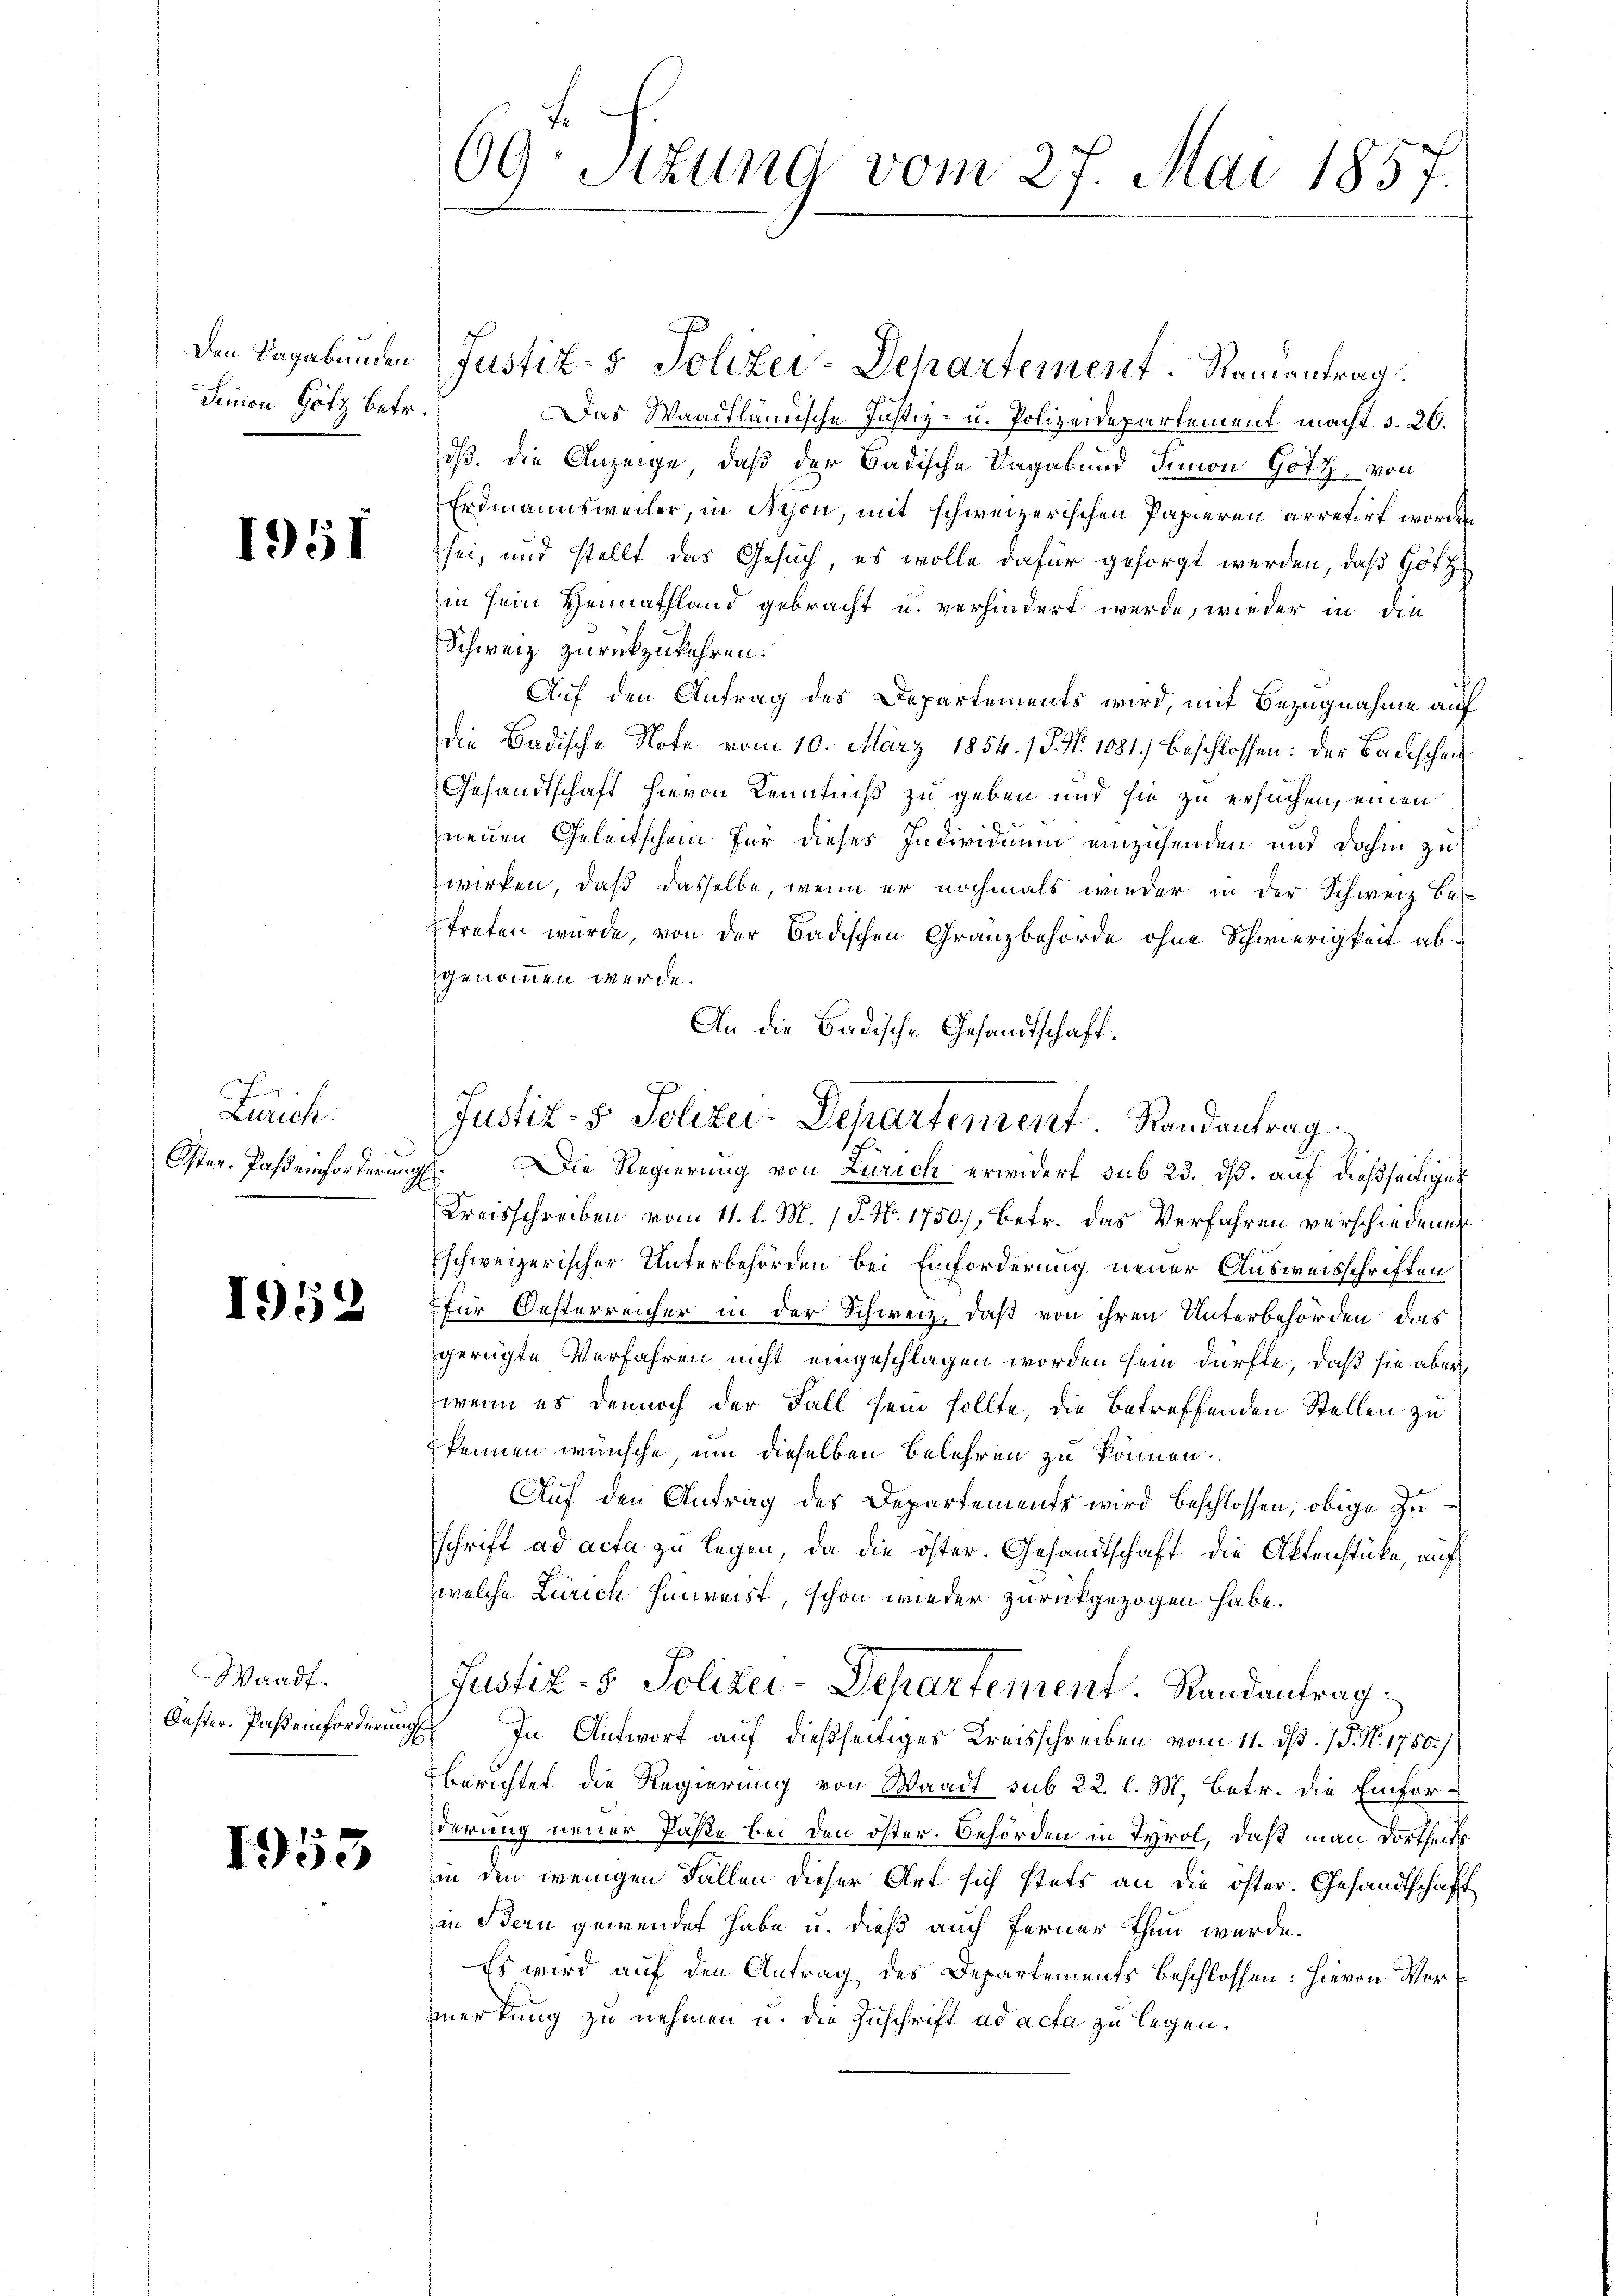
Den Vagabunden
Sinion Götz betr.

1951

.
Zürich.
Oster. Pasteinforderung

1953

Waadt.
Oester. Pastenforderung

1953

69: Sizung vom 27. Mai 1857
1

Justiz- & Polizei-Departement. Ramantrag.
Das Waadtländische Justiz- u. Polizeidepartement macht 5. 20.
dß. die Anzeige, daß der Badische Sagabund Simon Gotz, von
Erdmannsweiler, in Nyon, mit schweizerischen Papieren arretirt worden
sei, und stellt das Gesuch, es wolle dafür gesorgt werden, daß Gott
hin sein Heimathland gebracht u. verhindert wurde, wieder in die
Schweiz zurückzukehren.
Auf den Antrag des Departements wird, mit Bezugnahme auf
die Badische Note vom 10. März 1854. / P. Nr. 1081.) beschlossen: der Bauschei¬
Gesandtschaft hievon Kenntniß zu geben und sie zu ersuchen, einen
neuen Geleitschen für dieses Individuum einzusenden und dahin zu
wirken, daß dasselbe, wenn er nochmals wieder in der Schweiz be
treten wurde, von der Badischen Granzbehörde ohne Schwierigkeit abgenommen werde.
An die Badische Gesandtschaft.
Die Regierung von Zürich erwidert sub 23. ds. auf dießseitige
Kreisschreiben vom 11. l. M. 1 P. Nr. 1750), betr. das Verfahren verschiedenen
Eschweizerischer Unterbehörden bei Einforderung neuer Ausweisschriften
für Oesterreicher in der Schweiz, daß von ihren Unterbehörden das
gerügte Verfahren nicht eingeschlagen worden sein dürfte, daß sie aber
wenn es dennoch der Fall sein sollte, die betreffenden Stellen zu
kennen wünsche, um dieselben Belehren zu können.
Auf den Antrag des Departements wird beschlossen, obige Zuschrift ad acta zu legen, da die öster. Gesandtschaft die Aktenstücke, auf
welche Zürich hinreist, schon wieder zurückgezogen habe.
Justiz- & Polizei-Departement. Randantrag
In Antwort auf dießseitiges Kreisschreiben vom 11. dß. P. Nr. 1750)
berichtet die Regierung von Waadt sub 22. l. M. Betr. die Einfor-
derung neuer Paste bei den öster. Behörden in Tyrol, daß man dortheils
in den wenigen Fällen dieser Art sich stets an die öster- Gesandtschaft
in Bern gewendet habe u. dieß auch ferner thun wurde.
Es wird auf den Antrag des Departements beschlossen: hievon Vormerkung zu nehmen u. die Zuschrift ad acta zu legen.

Justiz- & Polizei-Departement. Randantrag